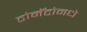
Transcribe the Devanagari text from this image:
टोमॅटोमधे